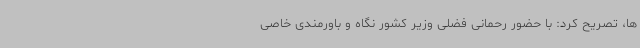
ها، تصریح کرد: با حضور رحمانی فضلی وزیر کشور نگاه و باورمندی خاصی